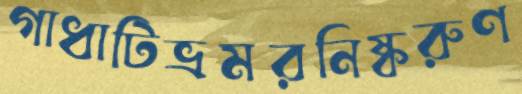
গাধাটিভ্রমরনিষ্করুণ